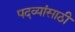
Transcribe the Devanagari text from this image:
पदव्यांसाठी